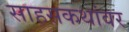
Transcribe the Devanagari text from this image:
साहसकथांवर